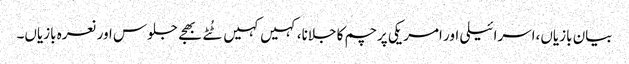
بیان بازیاں،اسرائیلی اور امریکی پرچم کا جلانا،کہیں کہیں ٹُٹے بھجے جلوس اور نعرہ بازیاں۔